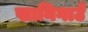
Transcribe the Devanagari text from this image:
खानिगाउँ